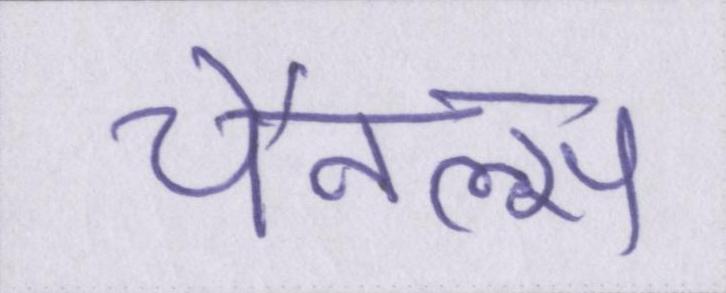
चैनल्स